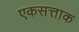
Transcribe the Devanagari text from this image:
एकसत्ताक